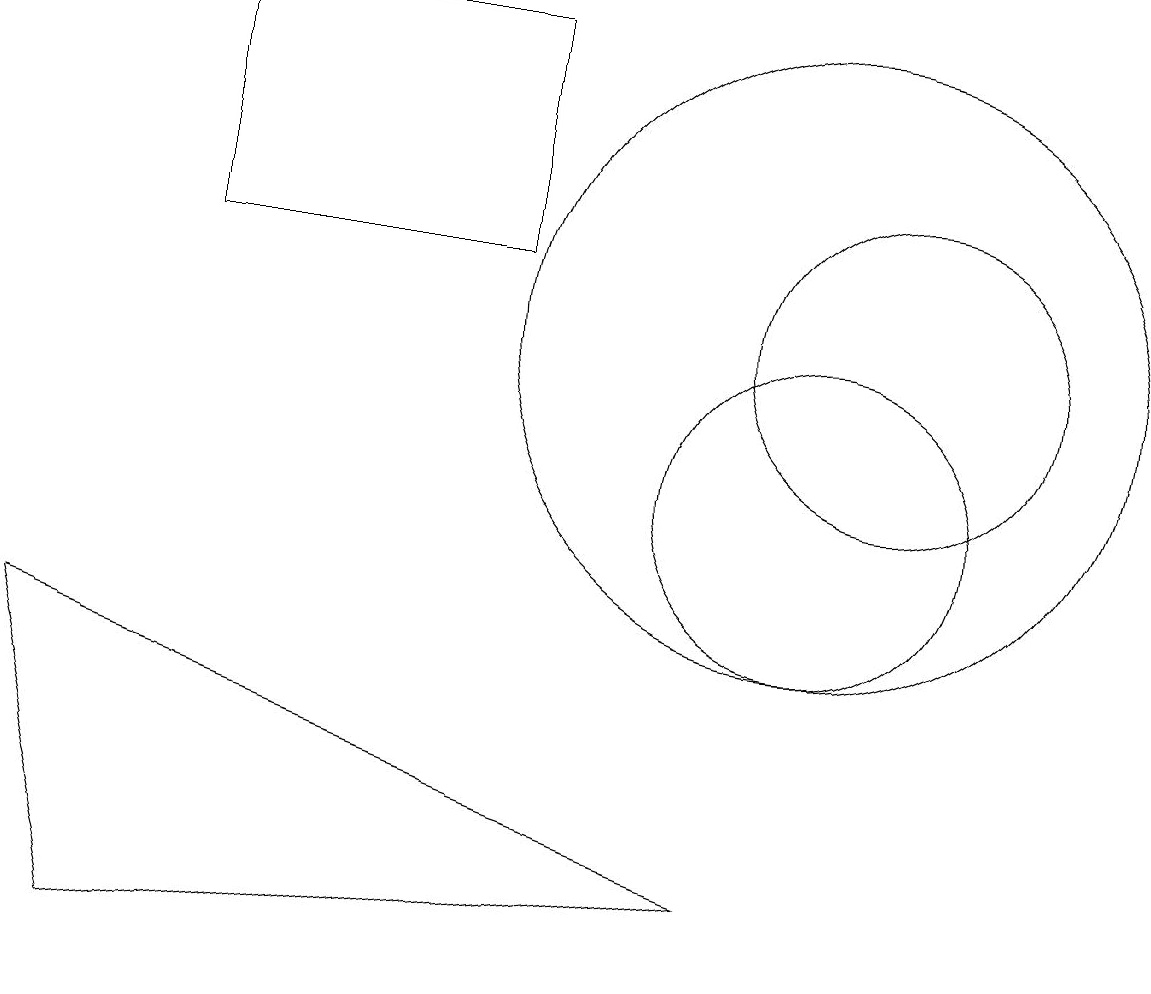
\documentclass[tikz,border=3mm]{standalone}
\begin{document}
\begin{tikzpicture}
\draw (11,12) circle (2);
\draw (10,10) circle (2);
\draw (10,10) circle (0);
\draw (2,16) rectangle (6,13);
\draw (10,12) circle (4);
\draw (9,5) -- (1,4) -- (0,8) -- cycle;
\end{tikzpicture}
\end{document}